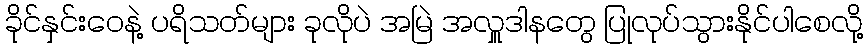
ခိုင်နှင်းဝေနဲ့ ပရိသတ်များ ခုလိုပဲ အမြဲ အလှူဒါနတွေ ပြုလုပ်သွားနိုင်ပါစေလို့